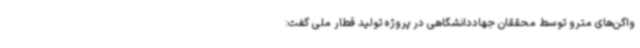
واگن‌های مترو توسط محققان جهاددانشگاهی در پروژه تولید قطار ملی گفت: